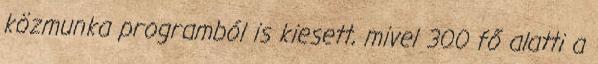
közmunka programból is kiesett, mivel 300 fő alatti a